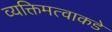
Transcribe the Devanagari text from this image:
व्यक्तिमत्वाकडे